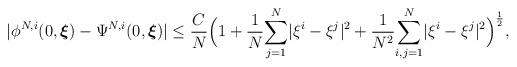
LaTeX: \begin{align*}|\phi^{N,i}(0,\boldsymbol{\xi})-\Psi^{N,i}(0,\boldsymbol{\xi})|\leq\frac{C}{N}\Big(1+\frac{1}{N}\underset{j=1}{\overset{N}\sum}|\xi^{i}-\xi^{j}|^2+\frac{1}{N^2}\underset{i,j=1}{\overset{N}{\sum}}|\xi^{i}-\xi^{j}|^2\Big)^{\frac{1}{2}},\end{align*}